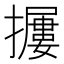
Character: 𱡃